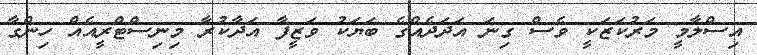
އިސްލާމީ މަރުކަޒަކީ ވެސް ގިނަ އަދަދެއްގެ ބަޔަކު ވަޒީފާ އަދާކުރާ މިނިސްޓްރީއެއް ހިންގާ